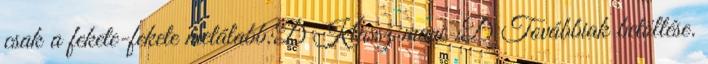
csak a fekete-fekete metálabb:D Klassz mani :D Továbbiak betöltése.